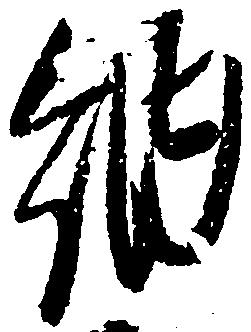
納